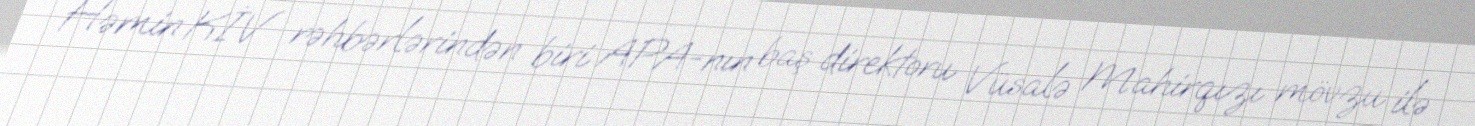
Həmin KİV rəhbərlərindən biri APA-nın baş direktoru Vüsalə Mahirqızı mövzu ilə